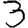
Digit: 3